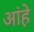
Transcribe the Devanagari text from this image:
आंहे